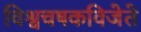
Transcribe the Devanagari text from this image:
विश्वचषकविजेते